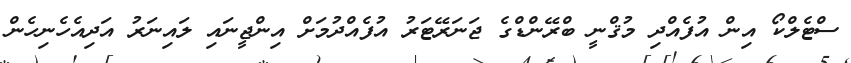
ސްޓެލްކޯ އިންް އުުފެއްދި މުޤްނީ ބްރޭންޑްގެ ޖަނަރޭޓަރު އުފެއްދުމަށް އިންޖީނައި ލައިނަރު އަދިއެހެނިހެން